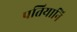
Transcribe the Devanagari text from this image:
पतियानि